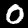
Digit: 0